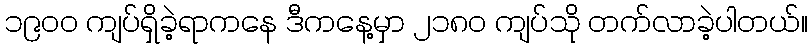
၁၉၀၀ ကျပ်ရှိခဲ့ရာကနေ ဒီကနေ့မှာ ၂၁၈၀ ကျပ်သို တက်လာခဲ့ပါတယ်။